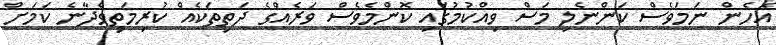
އެހެން ނަމަވެސް ކަންނެލި މަސް ވިއްކުމުގައި ކޮންމެވެސް ވަރެއްގެ ދަތިތަކެއް ކުރިމަތިވެދާނެ ކަމަށް